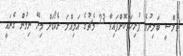
ޗެލްސީ ބަލިނުވެ ފުރިހަމަކޮށްފައިވާ 23 މެޗުގެ އަމިއްލަ ރެކޯޑަށް މިރޭ ނިމުން ގެނައީ